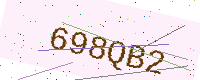
Text: 698QB2